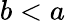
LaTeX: b<a